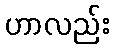
ဟာလည်း